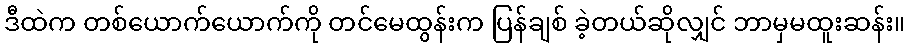
ဒီထဲက တစ်ယောက်ယောက်ကို တင်မေထွန်းက ပြန်ချစ် ခဲ့တယ်ဆိုလျှင် ဘာမှမထူးဆန်း။